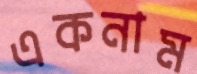
একনাম